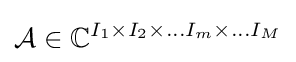
{\mathcal {A}}\in \mathbb {C} ^{I_{1}\times I_{2}\times \dots I_{m}\times \dots I_{M}}